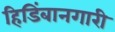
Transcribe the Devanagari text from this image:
हिडिंबानगारी